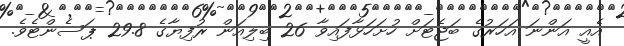
އެއީ އަންނަ އަހަރުގެ ބަޖެޓަށް ހުށަހަޅާފައިވާ 26 ބިލިއަން ރުފިޔާގެ 29.8 ޕަސެންޓެވެ.